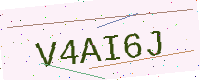
Text: V4AI6J